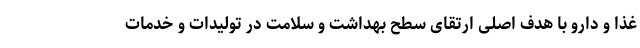
غذا و دارو با هدف اصلی ارتقای سطح بهداشت و سلامت در تولیدات و خدمات